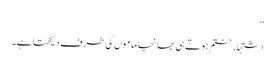
‘‘
اشتہار ختم ہوتے ہی بھانجا ماموں کی طرف دیکھتا ہے۔